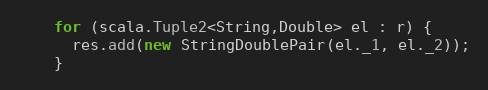
Language: Java
    for (scala.Tuple2<String,Double> el : r) {
      res.add(new StringDoublePair(el._1, el._2));
    }